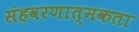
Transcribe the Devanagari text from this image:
संहवरणात्मकता